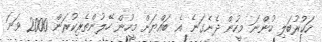
ހަކުރުބަލި ހުންނަ މީހުން ދެނެގަނެ އެ ބައްޔަށް މީހުން ހޭލުންތެރިކުރަން 2000 ވަނަ